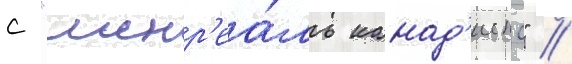
с "монр'еа́ль канад'иенс" //